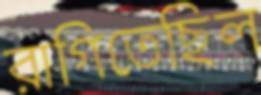
রাগিতেছিল